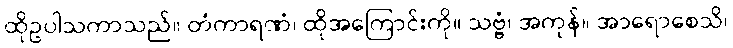
ထိုဥပါသကာသည်။ တံကာရဏံ၊ ထိုအကြောင်းကို။ သဗ္ဗံ၊ အကုန်။ အာရောစေသိ၊